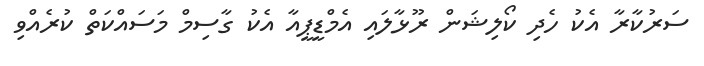
ސަރުކާރާ އެކު ހެދި ކޯލިޝަން ރޫޅާލައި އެމްޑީޕީއާ އެކު ގާސިމް މަސައްކަތް ކުރެއްވި